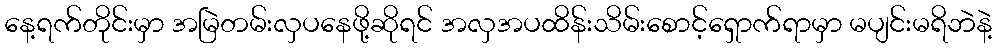
နေ့ရက်တိုင်းမှာ အမြဲတမ်းလှပနေဖို့ဆိုရင် အလှအပထိန်းသိမ်းစောင့်ရှောက်ရာမှာ မပျင်းမရိဘဲနဲ့